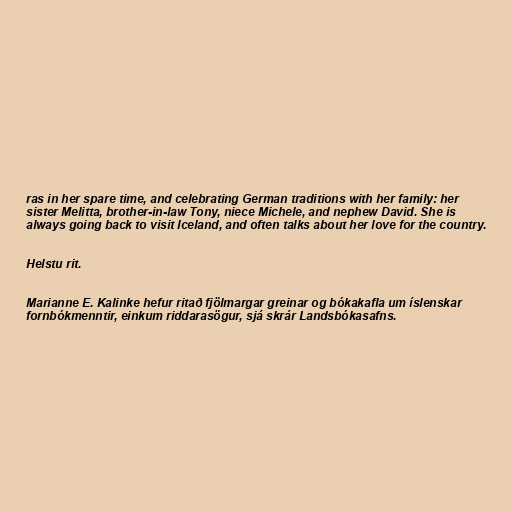
ras in her spare time, and celebrating German traditions with her family: her
sister Melitta, brother-in-law Tony, niece Michele, and nephew David. She is
always going back to visit Iceland, and often talks about her love for the country.

Helstu rit.

Marianne E. Kalinke hefur ritað fjölmargar greinar og bókakafla um íslenskar
fornbókmenntir, einkum riddarasögur, sjá skrár Landsbókasafns.